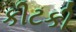
કીટકી